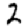
Digit: 2